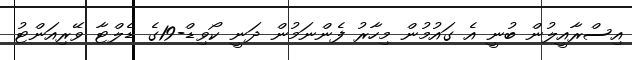
އިސްރާއީލުން ބުނީ އެ ގައުމުން މިހާރު ފެންނަމުން ދަނީ ކޯވިޑް-19ގެ ޑެލްޓާ ވޭރިއަންޓު